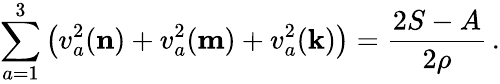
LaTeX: \sum_{a=1}^{3}\big(v_{a}^{2}({\mathbf{n}})+v_{a}^{2}({\mathbf{m}})+v_{a}^{2}({\mathbf{k}})\big)=\frac{2S-A}{2\rho}\, .